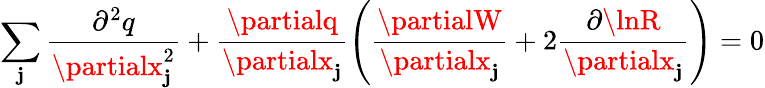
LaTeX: \sum_{\mathbf{j}}\frac{{\partial^{2}q}}{{\partialx_{\mathbf{j}}^{2}}}+\frac{{\partialq}}{{\partialx_{\mathbf{j}}}}\left(\frac{{\partialW}}{{\partialx_{\mathbf{j}}}}+2\frac{{\partial\lnR}}{{\partialx_{\mathbf{j}}}}\right)=0